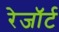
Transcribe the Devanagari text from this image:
रेजॉर्ट